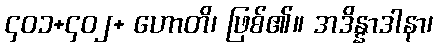
၄၀၁+၄၀၂+ ဟောတိ၊ ဖြစ်၏။ အဒိန္နာဒါနာ၊